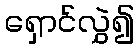
ရှောင်လွှဲ၍